King Institute of Preventive Medicine Micro-Biological Section reports 1909-11
Year: 1909
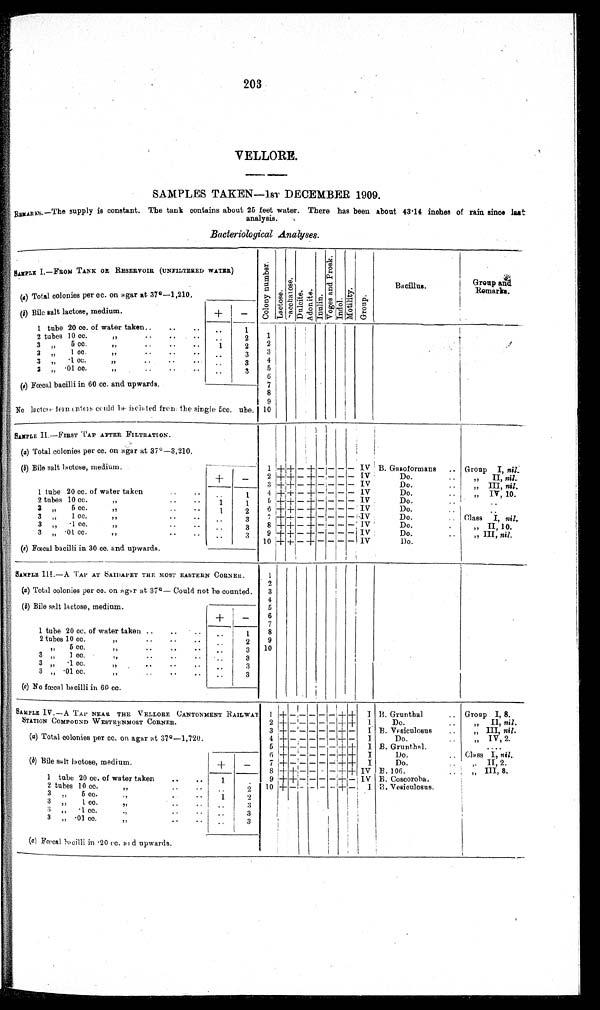
203
VELLORE.
SAMPLES TAKEN-1ST DECEMBER 1909.
R E M A R K S . — T h e s u p p l y i s c o n s t a n t . T h e t a n k c o n t a i n s a b o u t 2 5 f e e t w a t e r . T h e r e h a s b e e n a b o u t 4 3 . 1 4 i n c h e s o f r a i n s i n c e l a s t
analysis.
Bacteriological Analyses.
SAMPLE I.—FROM TANK OR RESERVOIR (UNFILTERED WATER)
C o l o n y n u m b e r .
Lact ose.
S a c c h a r o s e .
Dul ci t e.
Ad o n i t e .
I nul i n.
V o g e s a n d P r o s k .
I ndol .
Mo t i l i t y .
G r o u p .
Bacillus.
Group and
Remarks.
( a ) Total colonies per cc. on agar at 37º—1,210.
( b) Bile salt lactose, medium.
+
-
1 tube 20 cc. of water taken..
..
..
..
1
2 tubes 10 cc.
, ,
. .
. .
..
. .
2
1
3
,,
5 cc.
,,
.. ..
1
2
2
3
„
1cc.
,,
..
..
..
3
3
3
,,
.1 cc.
,,
..
..
...
..
3
4
3
„ .01 cc.
, ,
..
. .
3
5
6
( c ) Fœcal bacilli in 60 cc. and upwards.
7
8
9
No lactose fermenters could be isolated from the single 5cc. ube. 10
SAMPLE II.—FIRST TAP AFTER FILTRATION.
(a ) Total colonies per cc. on agar at 37°—3,210.
(b) Bile salt lactose, medium.
1 + + - + - - - - IV B. Gasoformans
.. Group
I, n i l .
2 + + - + - - - -
IV
Do.
..
, , II, nil.
+
-
3
+ + -
+ - - - -
IV
Do.
..
, ,
III, nil .
1 tube 20 cc. of water taken
. .
1
4
+ + - + - - - - IV
Do.
..
, ,
IV, 10.
2 tubes 10 cc.
,,
..
1
1
5 + + - + - - - - IV
Do.
..
3
,,
5 cc.
,,
..
..
1
2
6 + + -
+
- - - - IV
Do.
..
3
,,
1 cc.
,,
. .
..
. .
3
7 + +
- + - - - - IV
Do
.. Class
I, nil.
3
,,
.1 cc.
,,
..
..
. .
3
8 + +
- + - - - -
IV Do.
..
„ II, 10.
3
,, .01 cc.
,,
..
. .
3
9 + + - + - - - - IV
Do.
..
„ III, nil.
(c) Fœcal bacilli in 30 cc. and upwards.
10 + +
- +
-
-
- - IV
D o .
SAMPLE III.—A TAP AT SAIDAPET THE MOST EASTERN CORNER.
1
2
(a) Total colonies per cc. on agar at 37º—Could not be counted.
3
4
(b) Bile salt lactose, medium.
5
6
+
-
7
1 tube 20 cc. of water taken ..
..
..
1
8
2 tubes 10 cc.
„
. .
..
. .
2
9
,,
5 cc.
,,
..
..
..
3
10
3 „
1 cc.
.,
. .
..
3
3 ,,
.1 cc.
,,
..
..
..
3
3 ,, .01 cc.
, ,
. .
. .
. .
3
( c ) No fœcal bacilli in 60 cc.
SAMPLE IV.—A TAP NEAR THE VELLORE CANTONMENT RAILWAY
STATION COMPOUND WESTERNMOST CORNER.
1 +
-- -
- - ++
I B. Grunthal
.. Group I, 8.
2 + - - -
- - ++
I
Do.
..
,,
II, n i l .
3 + - - -
- - +-
I B. Vesiculosus
..
, ,
III, nil.
(a) Total colonies per cc. on agar at 37º—1,720.
4 + - - -
- - +-
I
Do.
..
,, IV, 2.
5 + - - -
- - ++
I B. Grunthal.
..
. . . .
6 + - -
- - - ++
I
Do.
.. Class I, nil..
(b) Bile salt lactose, medium
+
- 7 + - - -
- - ++
I
Do.
..
, ,II, 2.
8 + + - -
- - ++ IV B. 106.
..
, ,
III, 8.
1 tube 20 cc. of water taken
..
..
1
. . 9 + + - -
- - +-
I V B. Coscoroba.
..
2 tubes 10 cc.
,,
. .
..
. .
2 10 + - - -
- - +-
I B. Vesiculosus.
..
3
, ,
5
cc.
,,
. .
. .
1
2
3
, ,
1 c c .
, ,
. .
. .
. .
3
3
.1 cc.
,,
..
. .
..
3
3
„ .01 cc.
, ,
. .
..
. .
3
( c) Fœcal bacilli in .20 cc. and upwards.